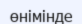
өнімінде